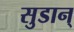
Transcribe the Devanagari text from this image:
सुडान्